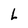
Character: L